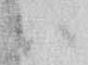
ハ